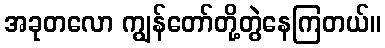
အခုတလော ကျွန်တော်တို့တွဲနေကြတယ်။